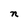
Character: n